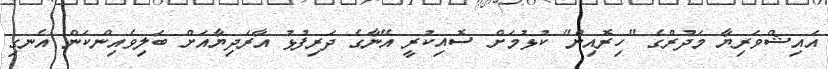
އައިޝްވަރިޔާ މަދުރްގެ "ހިރޮއިން" ކުޅުމަށް ސޮއިކުރީ އޭނާގެ ދަރިފުޅު އާރަދިޔާއަށް ބަލިވެއިންކަން އެނގި